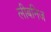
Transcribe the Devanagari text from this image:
लीबनिज